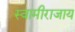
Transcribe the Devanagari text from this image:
स्वामीराजाय